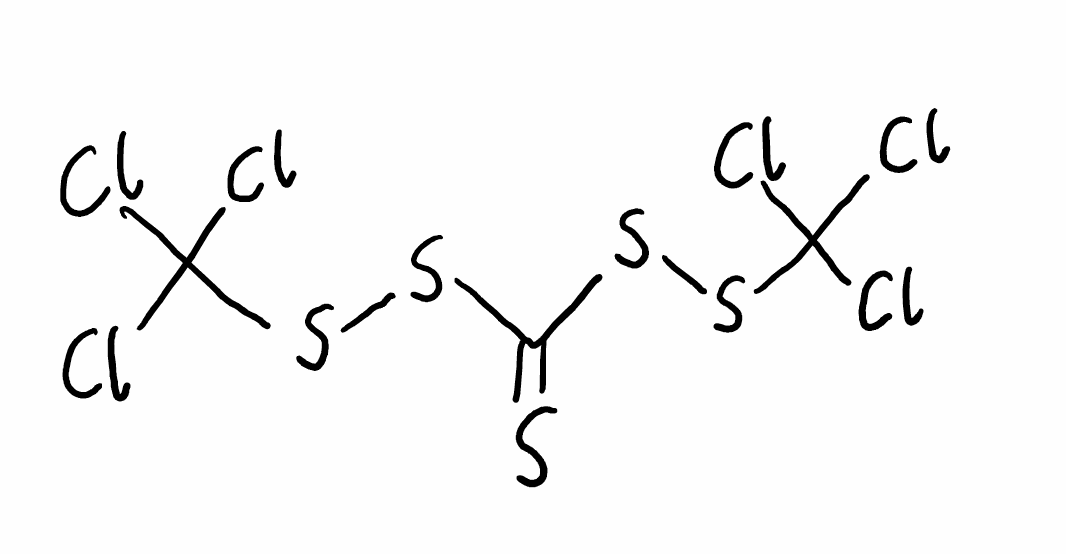
Simplified molecular-input line-entry system (SMILES) notation of the given molecule:
C(=S)(SSC(Cl)(Cl)Cl)SSC(Cl)(Cl)Cl